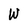
Character: W